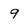
Character: 9